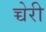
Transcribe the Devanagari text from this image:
च्चेरी